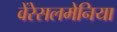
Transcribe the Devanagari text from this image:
वेंरेसलमेनिया